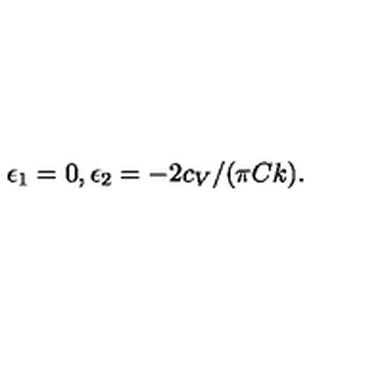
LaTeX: \epsilon _ { 1 } = 0 , \epsilon _ { 2 } = - 2 c _ { V } / ( \pi C k ) .